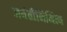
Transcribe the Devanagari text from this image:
जयंतीनिमित्य